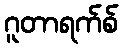
ဂူတာရက်စ်